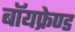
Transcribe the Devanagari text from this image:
बॉयफ्रेण्ड